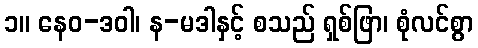
၁။ နေဝ-ဒဝါ၊ န-မဒါနှင့် စသည် ရှစ်ဖြာ၊ စုံလင်စွာ